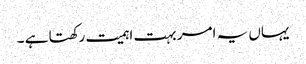
یہاں یہ امر بہت اہمیت رکھتا ہے ۔